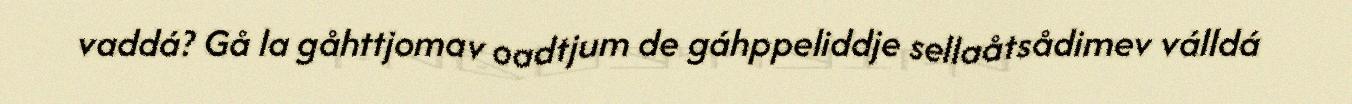
vaddá? Gå la gåhttjomav oadtjum de gáhppeliddje sellaåtsådimev válldá